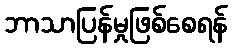
ဘာသာပြန်မှုဖြစ်စေရန်